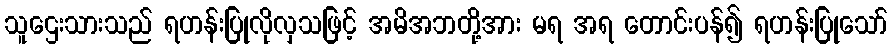
သူဌေးသားသည် ရဟန်းပြုလိုလှသဖြင့် အမိအဘတို့အား မရ အရ တောင်းပန်၍ ရဟန်းပြုသော်